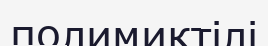
полимиктілі